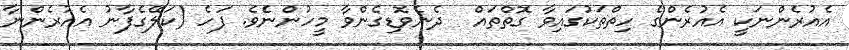
އެއުރެންނަކީ އެއުރެންގެ ހިތްތަކުގައިވާ ގޮތްތައް  ދެނެވޮޑިގެންވާ މީހުންނެެވެ. ފަހެ (ކަލޭގެފާނު އެއުރެންނާ